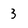
Character: 3